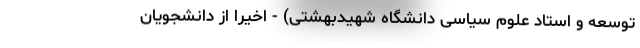
توسعه و استاد علوم سیاسی دانشگاه شهیدبهشتی) - اخیراً از دانشجویانِ